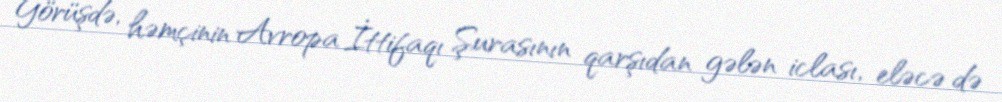
Görüşdə, həmçinin Avropa İttifaqı Şurasının qarşıdan gələn iclası, eləcə də